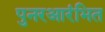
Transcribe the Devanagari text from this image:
पुनरआरंभित